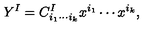
Y ^ { I } = C _ { i _ { 1 } \cdots i _ { k } } ^ { I } x ^ { i _ { 1 } } \cdots x ^ { i _ { k } } ,